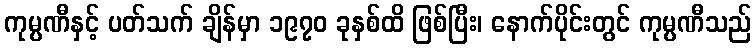
ကုမ္ပဏီနှင့် ပတ်သက် ချိန်မှာ ၁၉၇၀ ခုနှစ်ထိ ဖြစ်ပြီး၊ နောက်ပိုင်းတွင် ကုမ္ပဏီသည်